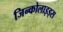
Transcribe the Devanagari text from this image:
जिन्कोलाइड्स